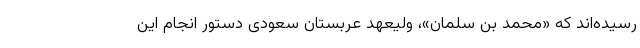
رسیده‌اند که «محمد بن سلمان»، ولیعهد عربستان سعودی دستور انجام این